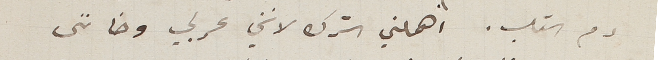
دم القلب. اهملني الترك لانني عربي وخاننى